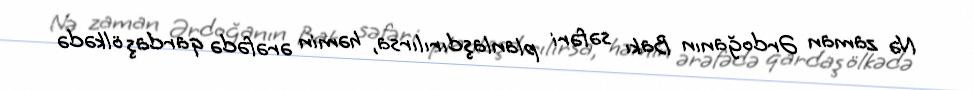
Nə zaman Ərdoğanın Bakı səfəri planlaşdırılırsa, həmin ərəfədə qardaş ölkədə